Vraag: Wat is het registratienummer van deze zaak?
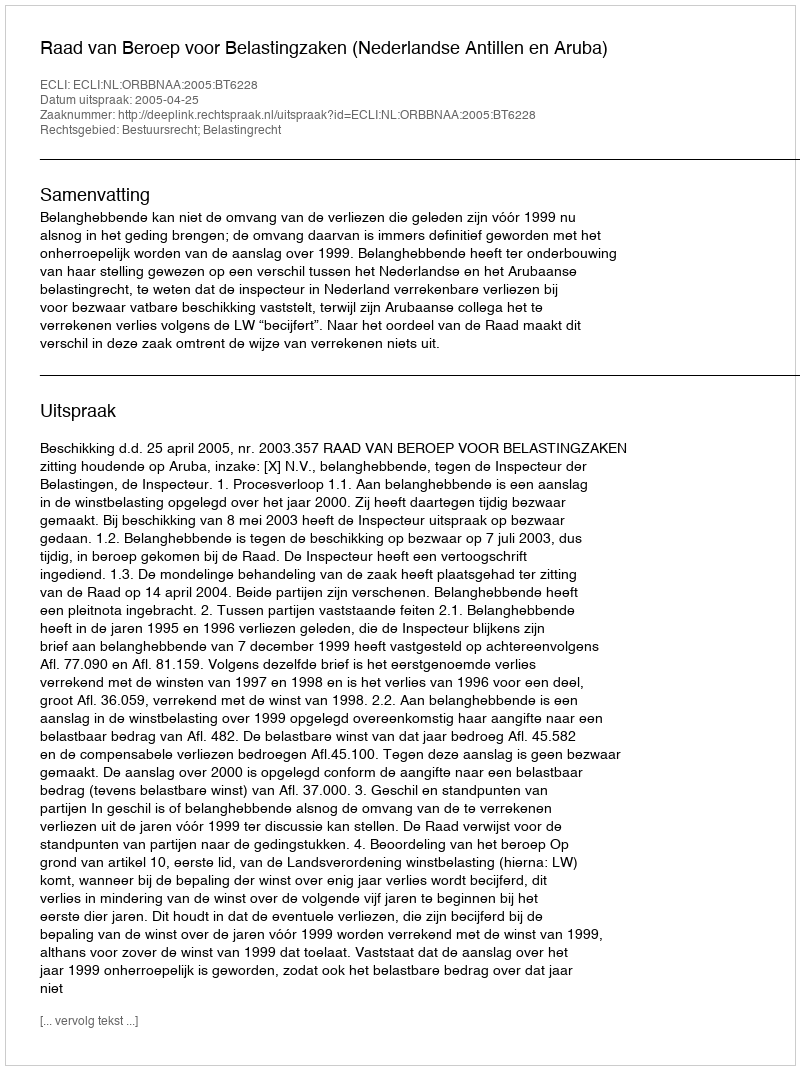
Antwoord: http://deeplink.rechtspraak.nl/uitspraak?id=ECLI:NL:ORBBNAA:2005:BT6228